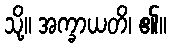
သို့။ အက္ခာယတိ၊ ၏။